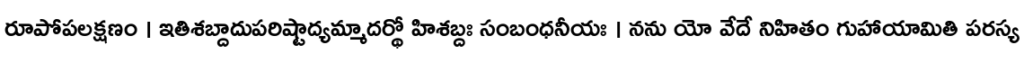
రూపోపలక్షణం । ఇతిశబ్దాదుపరిష్టాద్యమ్మాదర్థో హిశబ్దః సంబంధనీయః । నను యో వేదే నిహితం గుహాయామితి పరస్య